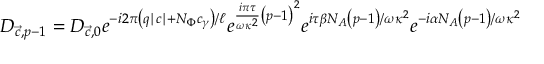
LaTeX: D _ { { \vec { c } } , p - 1 } = D _ { { \vec { c } } , 0 } e ^ { - i 2 \pi \left( q \mid c \mid + N _ { \Phi } c _ { \gamma } \right) / \ell } e ^ { \frac { i \pi \tau } { \omega \kappa ^ { 2 } } \left( p - 1 \right) ^ { 2 } } e ^ { i \tau \beta N _ { A } \left( p - 1 \right) / { \omega \kappa ^ { 2 } } } e ^ { - i \alpha N _ { A } \left( p - 1 \right) / { \omega \kappa ^ { 2 } } }